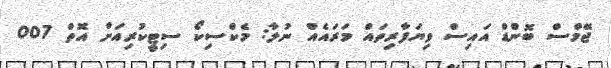
ޖޭމްސް ބޮންޑް އައިސް ވިޔަފާރިތައް މަރައެއް ނުލާ: މެކްސިކޯ ސިޓީކުރިއަށް އޮތް 007